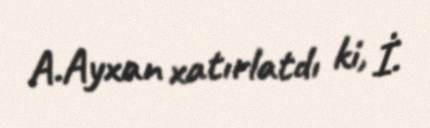
A.Ayxan xatırlatdı ki, İ.